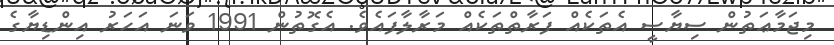
މިޖަމާޢަތުން ސިޔާސީ އެތަކެއް ފަރާތްތަކެއް މަރާލާފައެވެ. އެގޮތުން 1991 ވަނަ އަހަރު އިންޑިޔާގެ